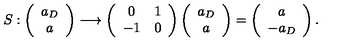
S : \left( \begin{array} { c } { a _ { D } } \\ { a } \\ \end{array} \right) \longrightarrow \left( \begin{array} { c c } { 0 } & { 1 } \\ { - 1 } & { 0 } \\ \end{array} \right) \left( \begin{array} { c } { a _ { D } } \\ { a } \\ \end{array} \right) = \left( \begin{array} { c } { a } \\ { - a _ { D } } \\ \end{array} \right) .